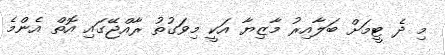
މި ދެ ޓީމަށް ބަލާއިރު މާޒިޔާ އަކީ މިވަގުތު ރާއްޖޭގައި އޮތް އެންމެ